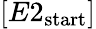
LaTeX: [E2_{\mathrm{start}}]